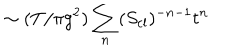
LaTeX: \sim ( T / \pi g ^ { 2 } ) \sum _ { n } ( S _ { \mathrm { c l } } ) ^ { - n - 1 } t ^ { n }